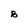
Character: B